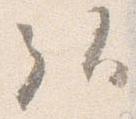
弘